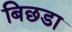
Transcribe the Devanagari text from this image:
बिछडा